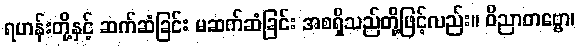
ရဟန်းတို့နှင့် ဆက်ဆံခြင်း မဆက်ဆံခြင်း အစရှိသည်တို့ဖြင့်လည်း။ ဝိညာတဗ္ဗော၊